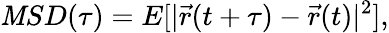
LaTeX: \mathit{M}SD(\tau)=E[|\vec{{r}}(t+\tau)-\vec{{r}}(t)|^{2}],